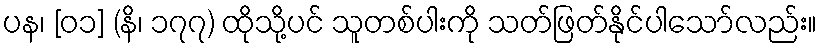
ပန၊ [၀၁] (နိ၊ ၁၇၇) ထိုသို့ပင် သူတစ်ပါးကို သတ်ဖြတ်နိုင်ပါသော်လည်း။